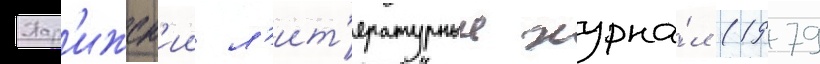
Пар'ижск'ии л'ит'ературныи журна́л (1979